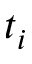
t _ { i }